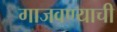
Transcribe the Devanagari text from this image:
गाजवण्याची